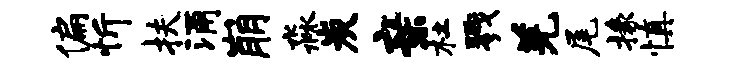
偏忻扶涌崩淼炭亲杜戮羌尾掾慎